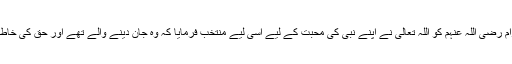
حضرات صحابہ کرام رضی اللہ عنہم کو اللہ تعالٰی نے اپنے نبی کی محبت کے لیے اسی لیے منتخب فرمایا کہ وہ جان دینے والے تھے اور حق کی خاطر لڑنے والے تھے ۔